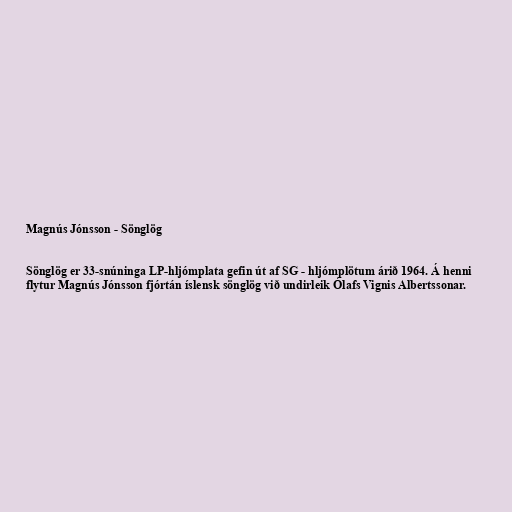
Magnús Jónsson - Sönglög

Sönglög er 33-snúninga LP-hljómplata gefin út af SG - hljómplötum árið 1964. Á henni
flytur Magnús Jónsson fjórtán íslensk sönglög við undirleik Ólafs Vignis Albertssonar.